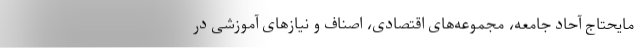
مایحتاج آحاد جامعه، مجموعه‌های اقتصادی، اصناف و نیازهای آموزشی در